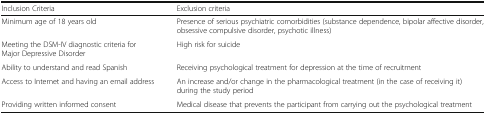
| Inclusion Criteria | Exclusion criteria |
 | --- | --- |
 | Minimum age of 18 years old | Presence of serious psychiatric comorbidities (substance dependence, bipolar affective disorder, obsessive compulsive disorder, psychotic illness) |
 | Meeting the DSM-IV diagnostic criteria for Major Depressive Disorder | High risk for suicide |
 | Ability to understand and read Spanish | Receiving psychological treatment for depression at the time of recruitment |
 | Access to Internet and having an email address | An increase and/or change in the pharmacological treatment (in the case of receiving it) during the study period |
 | Providing written informed consent | Medical disease that prevents the participant from carrying out the psychological treatment |